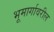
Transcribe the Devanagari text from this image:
भूमार्गावरील